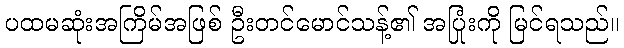
ပထမဆုံးအကြိမ်အဖြစ် ဦးတင်မောင်သန့်၏ အပြုံးကို မြင်ရသည်။